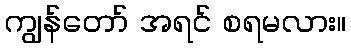
ကျွန်တော် အရင် စရမလား။